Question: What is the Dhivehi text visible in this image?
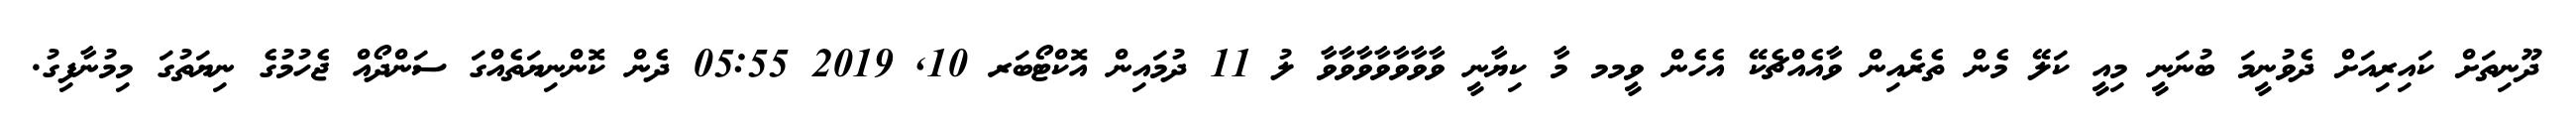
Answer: ދޫނިތަށް ކައިރިއަށް ދެވުނީމަ ބުނަނީ މިއީ ކަލޭ މެން ތެރެއިން ވާއެއްޗެކޭ އެހެން ވީމމ މާ ކިޔާނީ ވާވާވާވާވާވާވާ ލު 11 ދުމައިން އޮކްޓޯބަރ 10, 2019 05:55 ދެން ކޮންނިޔަތެއްގަ ސަންދޯއް ޖެހުމުގެ ނިޔަތުގަ މިމުނާފިގު.